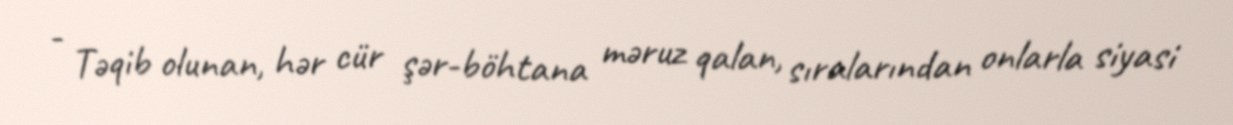
- Təqib olunan, hər cür şər-böhtana məruz qalan, sıralarından onlarla siyasi